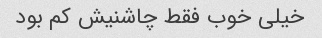
خیلی خوب فقط چاشنیش کم بود